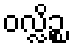
ဝလ္လိဉ္စ